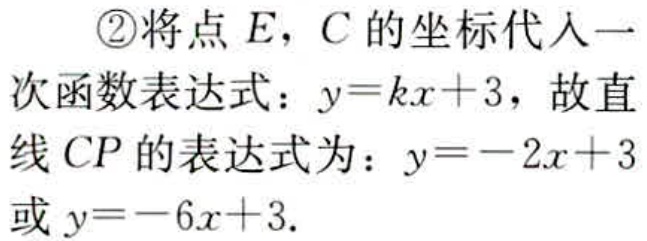
\textcircled{2}将点\(E\)，\(C\)的坐标代入一次函数表达式：\(y = kx + 3\)，故直线\(CP\)的表达式为：\(y=-2x + 3\)或\(y = -6x + 3\).